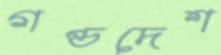
গণ্ডদেশ